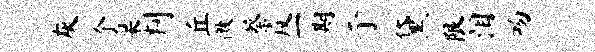
灰个臬判丘徼蔡反一期亍黛限泪吻